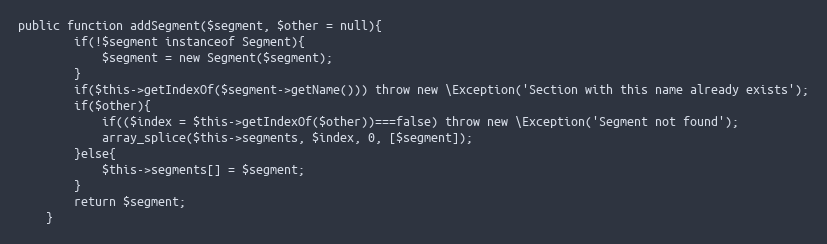
Language: PHP
public function addSegment($segment, $other = null){
		if(!$segment instanceof Segment){
			$segment = new Segment($segment);
		}
		if($this->getIndexOf($segment->getName())) throw new \Exception('Section with this name already exists');
		if($other){
			if(($index = $this->getIndexOf($other))===false) throw new \Exception('Segment not found');
			array_splice($this->segments, $index, 0, [$segment]);
		}else{
			$this->segments[] = $segment;
		}
		return $segment;
	}